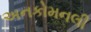
અનકોમનલી